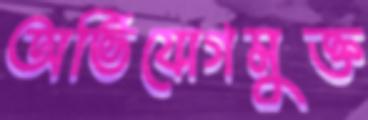
অভিযোগমুক্ত